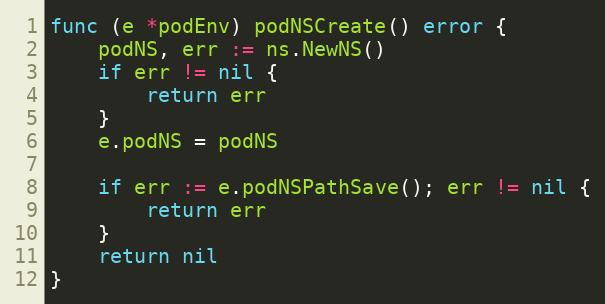
Language: Go
func (e *podEnv) podNSCreate() error {
	podNS, err := ns.NewNS()
	if err != nil {
		return err
	}
	e.podNS = podNS

	if err := e.podNSPathSave(); err != nil {
		return err
	}
	return nil
}